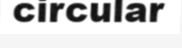
circular